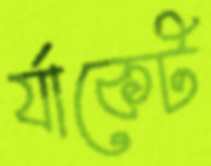
র‍্যাকেট